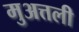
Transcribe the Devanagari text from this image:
मुअत्तली